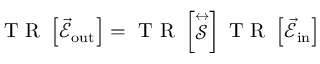
\mathrm { ~ T ~ R ~ } \left\lbrack \vec { \mathcal { E } } _ { \mathrm { { o u t } } } \right\rbrack = \mathrm { ~ T ~ R ~ } \left\lbrack \stackrel { \leftrightarrow } { \mathcal { S } } \right\rbrack \mathrm { ~ T ~ R ~ } \left\lbrack \vec { \mathcal { E } } _ { \mathrm { { i n } } } \right\rbrack